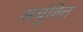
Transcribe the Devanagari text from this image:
अचुंबित